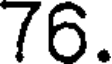
76.